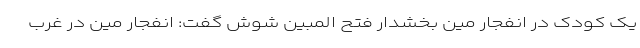
یک کودک در انفجار مین بخشدار فتح المبین شوش گفت: انفجار مین در غرب